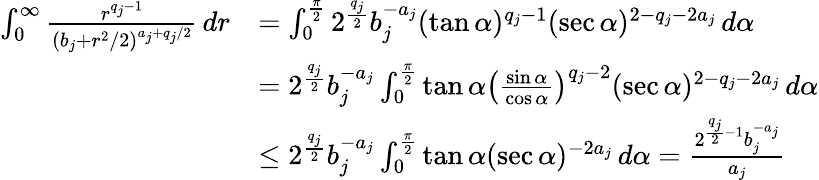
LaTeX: \begin{array}{rl}{\int_{0}^{\infty}\frac{r^{q_{j}-1}}{(b_{j}+r^{2}/2)^{a_{j}+q_{j}/2}}\, dr}&{=\int_{0}^{\frac{\pi}{2}}2^{\frac{q_{j}}{2}}b_{j}^{-a_{j}}(\tan\alpha)^{q_{j}-1}(\sec\alpha)^{2-q_{j}-2a_{j}}\, d\alpha}\\ &{=2^{\frac{q_{j}}{2}}b_{j}^{-a_{j}}\int_{0}^{\frac{\pi}{2}}\tan\alpha\big(\frac{\sin\alpha}{\cos\alpha}\big)^{q_{j}-2}(\sec\alpha)^{2-q_{j}-2a_{j}}\, d\alpha}\\ &{\le 2^{\frac{q_{j}}{2}}b_{j}^{-a_{j}}\int_{0}^{\frac{\pi}{2}}\tan\alpha(\sec\alpha)^{-2a_{j}}\, d\alpha=\frac{2^{\frac{q_{j}}{2}-1}b_{j}^{-a_{j}}}{a_{j}}}\end{array}